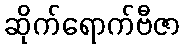
ဆိုက်ရောက်ဗီဇာ